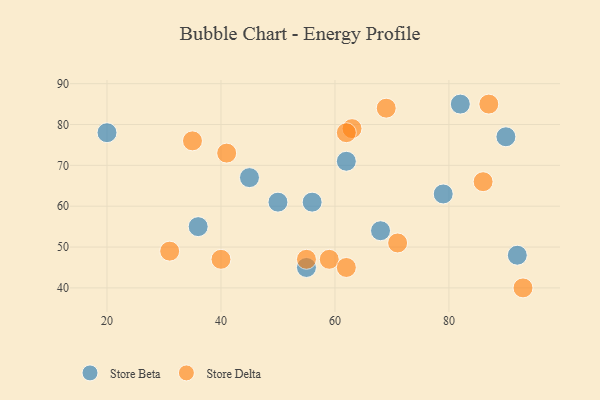
{"axis": {"x": "GDP", "y": "Life Expectancy"}, "legend": ["Store Beta", "Store Delta"], "data": [{"x": "45", "y": 67, "type": "Store Beta"}, {"x": "20", "y": 78, "type": "Store Beta"}, {"x": "92", "y": 48, "type": "Store Beta"}, {"x": "68", "y": 54, "type": "Store Beta"}, {"x": "36", "y": 55, "type": "Store Beta"}, {"x": "62", "y": 71, "type": "Store Beta"}, {"x": "55", "y": 45, "type": "Store Beta"}, {"x": "56", "y": 61, "type": "Store Beta"}, {"x": "79", "y": 63, "type": "Store Beta"}, {"x": "90", "y": 77, "type": "Store Beta"}, {"x": "82", "y": 85, "type": "Store Beta"}, {"x": "50", "y": 61, "type": "Store Beta"}, {"x": "35", "y": 76, "type": "Store Delta"}, {"x": "59", "y": 47, "type": "Store Delta"}, {"x": "71", "y": 51, "type": "Store Delta"}, {"x": "63", "y": 79, "type": "Store Delta"}, {"x": "31", "y": 49, "type": "Store Delta"}, {"x": "41", "y": 73, "type": "Store Delta"}, {"x": "87", "y": 85, "type": "Store Delta"}, {"x": "86", "y": 66, "type": "Store Delta"}, {"x": "69", "y": 84, "type": "Store Delta"}, {"x": "62", "y": 45, "type": "Store Delta"}, {"x": "93", "y": 40, "type": "Store Delta"}, {"x": "55", "y": 47, "type": "Store Delta"}, {"x": "62", "y": 78, "type": "Store Delta"}, {"x": "40", "y": 47, "type": "Store Delta"}]}